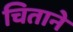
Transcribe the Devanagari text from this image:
चिताने